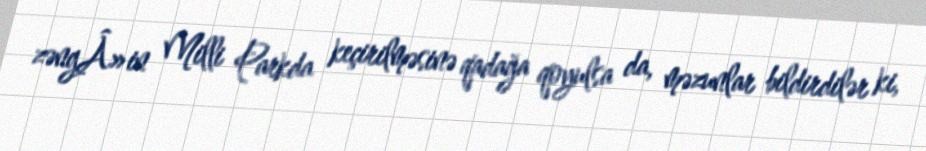
zəngÂ»in Milli Parkda keçirilməsinə qadağa qoyulsa da, məzunlar bildirdilər ki,